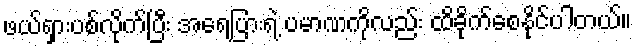
ဖယ်ရှားပစ်လိုက်ပြီး အရေပြားရဲ့ ပမာဏကိုလည်း ထိခိုက်စေနိုင်ပါတယ်။